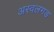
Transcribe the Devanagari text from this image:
अस्वलगड